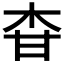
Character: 𤯃